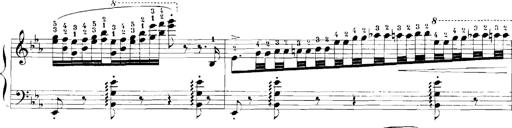
Title: Rhapsodies hongroises
Composer: Franz Liszt